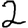
Digit: 2